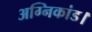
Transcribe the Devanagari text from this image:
अग्निकांड।